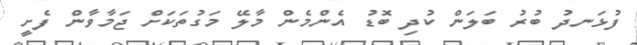
ފުޅަނދު ބުރު ބަލަން ކުދި ބޮޑު އެންމެން މާލޭ މަގުތަކަށް ޖަމާވާން ފެށީ